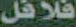
فلافل